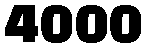
4000